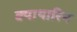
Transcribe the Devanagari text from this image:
क्याथारिन